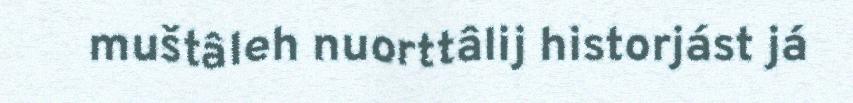
muštâleh nuorttâlij historjást já